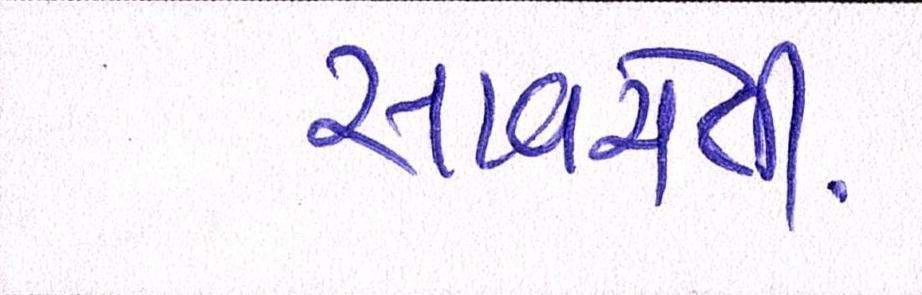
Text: સાવચેતી